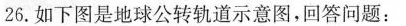
26.如下图是地球公转轨道示意图，回答问题：